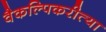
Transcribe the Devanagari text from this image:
वैकल्पिकरीत्या